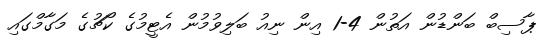
ޕާސިބް ބަންޑުން އަތުން 4-1 އިން ނިއު ބަލިވުމުން އެޓީމުގެ ކޯޗުގެ މަގާމްގައި